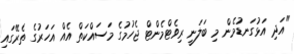
"އަދި އަޅުގަނޑުމެން މި ބަލަނީ ރިވެޓްމެންޓް ޖެހުމުގެ މަސައްކަތް އެއް އަހަރުގެ ތެރޭގައި